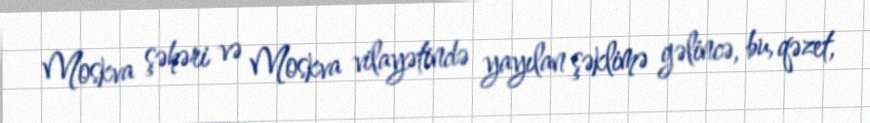
Moskva şəhəri və Moskva vilayətində yayılan şəklimə gəlincə, bu, qəzet,